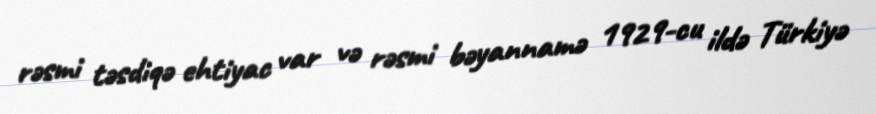
rəsmi təsdiqə ehtiyac var və rəsmi bəyannamə 1929-cu ildə Türkiyə